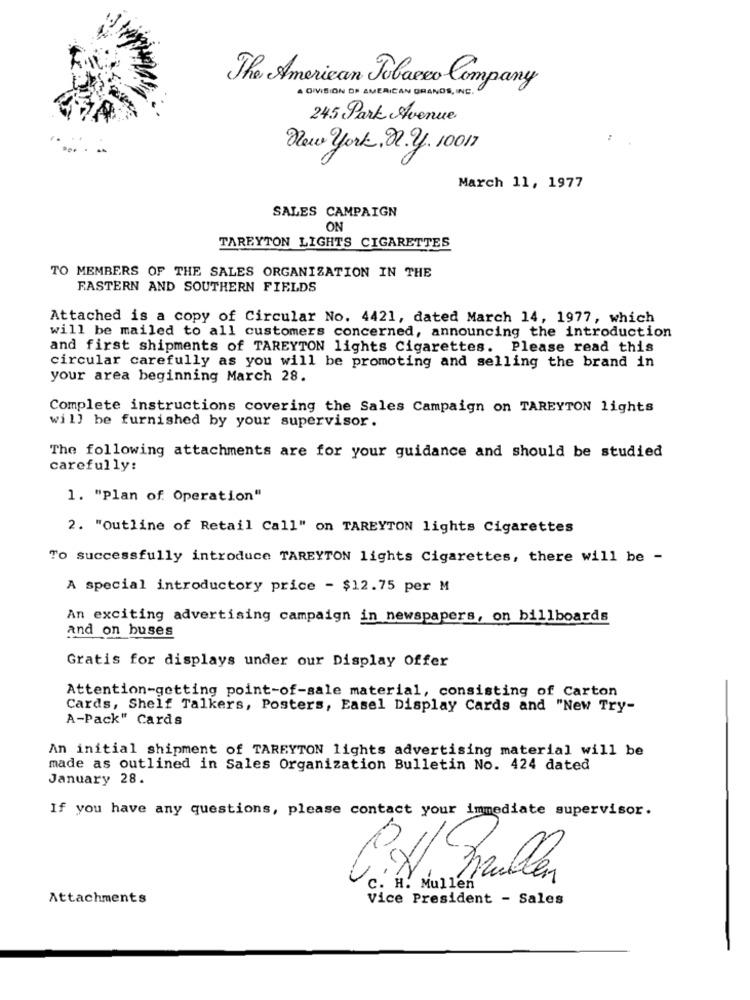
The American Tobacco Company
A DIVISION OF AMERICAN GRANDS, INC.
245 Park Avenue
New york, n. y. 10017
March 11, 1977
SALES CAMPAIGN
ON
TAREYTON LIGHTS CIGARETTES
TO MEMBERS OF THE SALES ORGANIZATION IN THE
FASTERN AND SOUTHERN FIELDS
Attached is a copy of Circular No. 4421, dated March 14, 1977, which
will be mailed to all customers concerned, announcing the introduction
and first shipments of TAREYTON lights Cigarettes. Please read this
circular carefully as you will be promoting and selling the brand in
your area beginning March 28.
Complete instructions covering the Sales Campaign on TAREYTON lights
will be furnished by your supervisor.
The following attachments are for your guidance and should be studied
carefully:
1. "Plan of Operation"
2. "Outline of Retail Call" on TAREYTON lights Cigarettes
To successfully introduce TAREYTON lights Cigarettes, there will be -
A special introductory price - $12.75 per M
An exciting advertising campaign in newspapers, on billboards
and on buses
Gratis for displays under our Display Offer
Attention-getting point-of-sale material, consisting of Carton
Cards, Shelf Talkers, Posters, Easel Display Cards and "New Try-
A-Pack" Cards
An initial shipment of TAREYTON lights advertising material will be
made as outlined in Sales Organization Bulletin No. 424 dated
January 28.
If you have any questions, please contact your immediate supervisor.
P.H. Ballen
c. H. Mullen
Attachments
Vice President - Sales